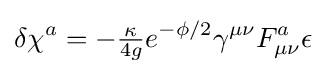
\delta \chi ^{a}=-{\tfrac {\kappa }{4g}}e^{-\phi /2}\gamma ^{\mu \nu }F_{\mu \nu }^{a}\epsilon